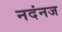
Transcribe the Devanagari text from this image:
नदंनज